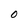
Character: 0